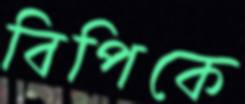
বিপিকে